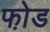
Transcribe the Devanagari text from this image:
फो़ड